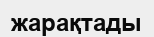
жарақтады